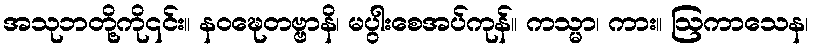
အသုဘတို့ကို၎င်း။ နဝဍ္ဎေတဗ္ဗာနိ၊ မပွါးစေအပ်ကုန်။ ကသ္မာ၊ ကား။ ဩကာသေန၊